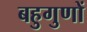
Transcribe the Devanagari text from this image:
बहुगुणों